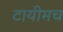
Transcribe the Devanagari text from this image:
टायीमच